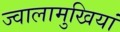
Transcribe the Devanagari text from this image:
ज्वालामुखियां